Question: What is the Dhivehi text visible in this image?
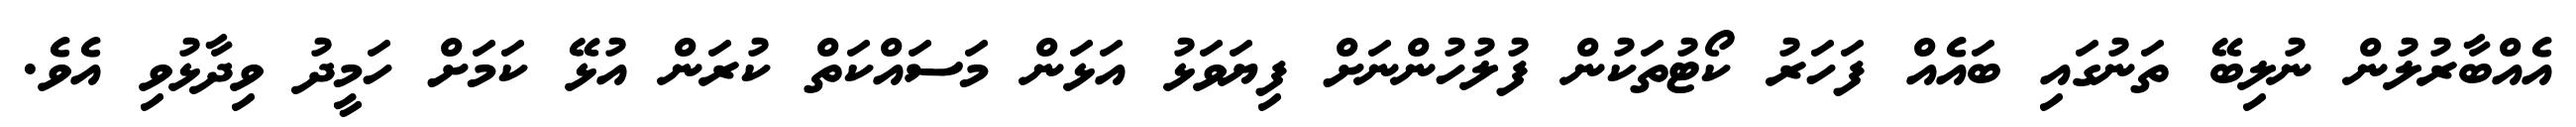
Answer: އެއްބާރުލުން ނުލިބޭ ތަނުގައި ބައެއް ފަހަރު ކޯޓުތަކުން ފުލުހުންނަށް ފިޔަވަޅު އަޅަން މަސައްކަތް ކުރަން އުޅޭ ކަމަށް ހަމީދު ވިދާޅުވި އެވެ.